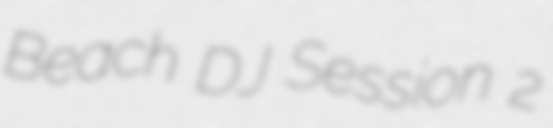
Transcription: Beach DJ Session 2